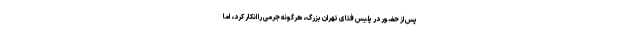
پس از حضور در پلیس فتای تهران بزرگ، هرگونه جرمی را انکار کرد، اما